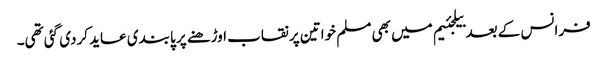
فرانس کے بعد بیلجئیم میں بھی مسلم خواتین پر نقاب اوڑھنے پر پابندی عاید کردی گئی تھی۔